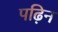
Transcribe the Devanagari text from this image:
पढ़िन